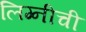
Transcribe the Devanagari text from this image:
लिग्नीची